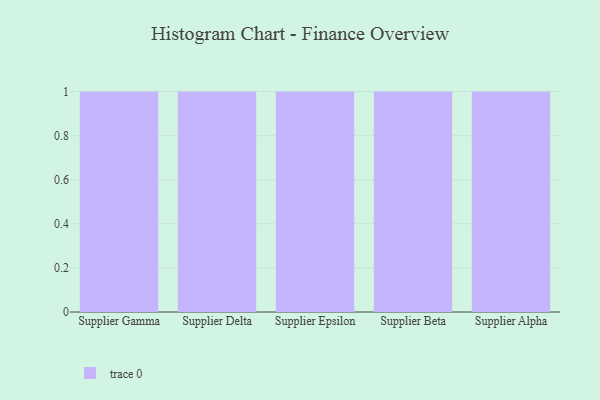
{"axis": {"x": "Supplier", "y": "Temperature (°C)"}, "legend": [""], "data": [{"x": "Supplier Gamma", "y": 14, "type": ""}, {"x": "Supplier Delta", "y": 25, "type": ""}, {"x": "Supplier Epsilon", "y": 40, "type": ""}, {"x": "Supplier Beta", "y": 25, "type": ""}, {"x": "Supplier Alpha", "y": 60, "type": ""}]}